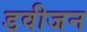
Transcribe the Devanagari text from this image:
डवीजन